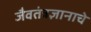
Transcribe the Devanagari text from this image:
जैवतंत्रज्ञानाचे